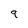
Character: 9